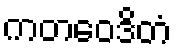
ကတဝေဒိတံ